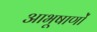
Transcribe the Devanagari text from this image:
आभूषाणों